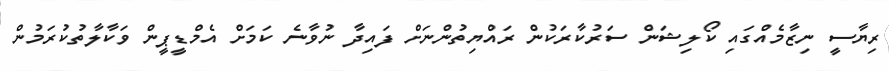
ރިޔާސީ ނިޒާމެއްގައި ކޯލިޝަން ސަރުކާރަކުން ރައްޔިތުންނަށް ފައިދާ ނުވާނެ ކަމަށް އެމްޑީޕީން ވަކާލާތުކުރަމުން